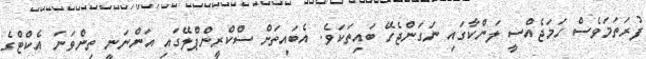
ފުރަތަމަވެސް ހަމަޖެއްސީ ލަންކާގައި ނަގަންޖެހޭ ބައިތަކަވެ. އެބައިތަށް ސްކްރީންޕްލޭގައި އަންނަނީ ތިންވަނަ އެކްޓްގެ